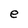
Character: e